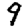
Digit: 9